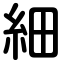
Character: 細